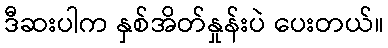
ဒီဆးပါက နှစ်အိတ်နှုန်းပဲ ပေးတယ်။